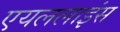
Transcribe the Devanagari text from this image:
एयललाइंस